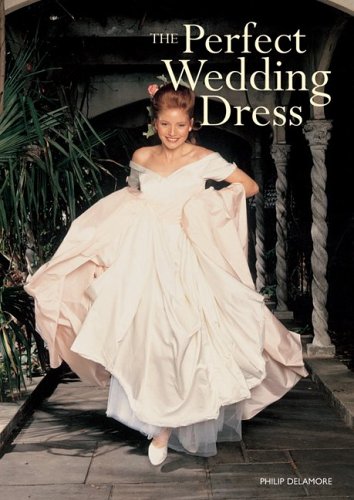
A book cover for The Perfect Wedding Dress; Philip Delamore; Crafts, Hobbies & Home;